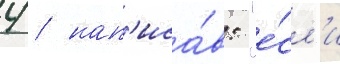
4 / нап'иса́в: "е́сл'и